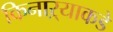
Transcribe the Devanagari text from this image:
किनाऱ्याकडे